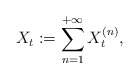
\begin{align*}X_t:=\sum_{n=1}^{+\infty} X_t^{(n)},\end{align*}